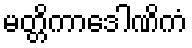
မတ္တိကာဒေါဏိကံ